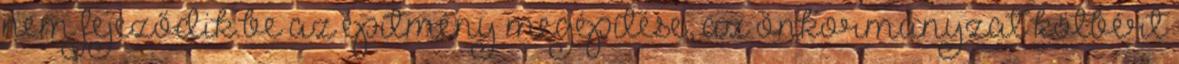
nem fejeződik be az építmény megépítése, az önkormányzat kötbért